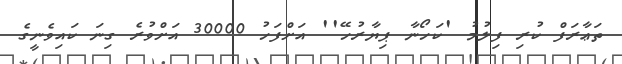
ތަޢާރަފް ކުރި ފިލުމު 'ކަހޯނާ ޕިޔާރުހޭ'' އަށްފަހު 30000 އަށްވުރެ ގިނަ ކައިވެނީގެ